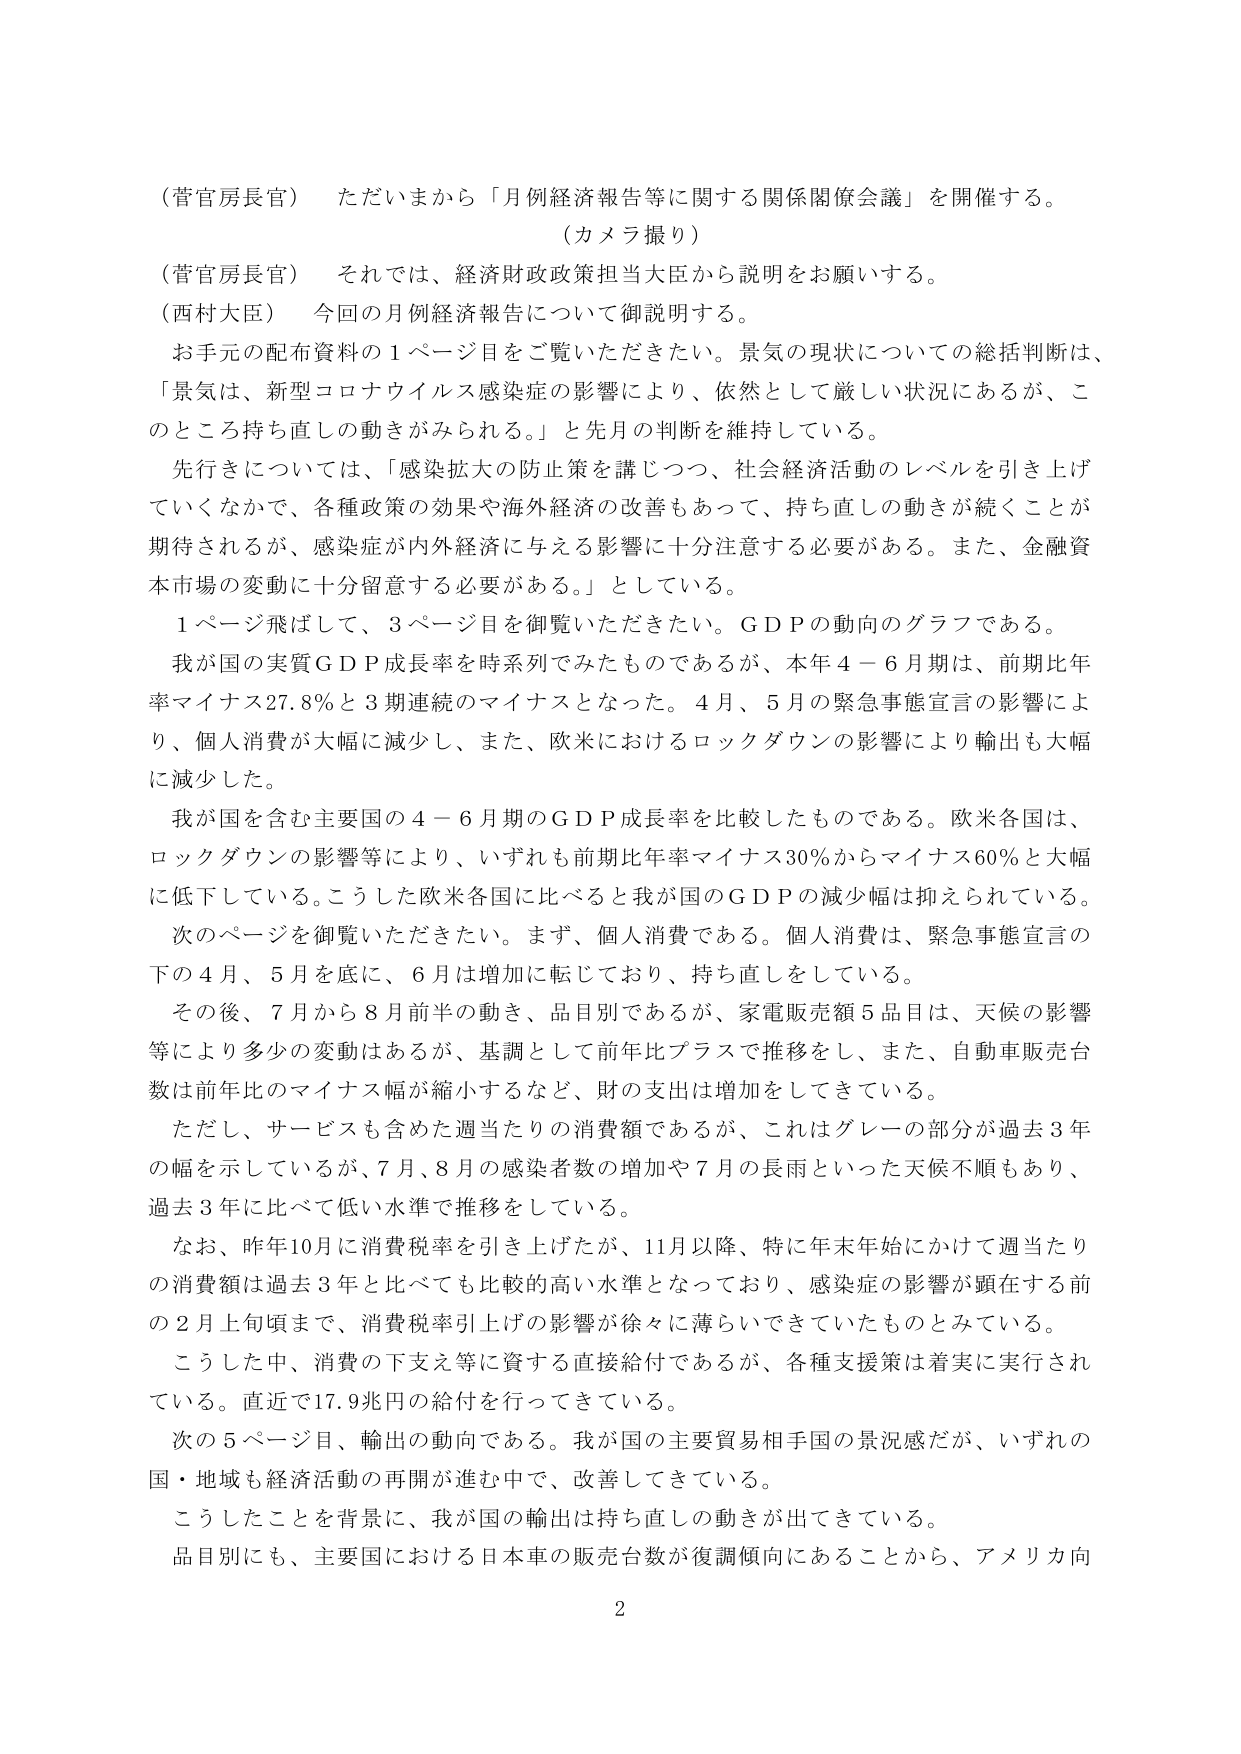
（菅官房長官）　ただいまから「月例経済報告等に関する関係閣僚会議」を開催する。
（カメラ撮り）
（菅官房長官）　それでは、経済財政政策担当大臣から説明をお願いする。
（西村大臣）　今回の月例経済報告について御説明する。
　お手元の配布資料の１ページ目をご覧いただきたい。景気の現状についての総括判断は、「景気は、新型コロナウイルス感染症の影響により、依然として厳しい状況にあるが、このところ持ち直しの動きがみられる。」と先月の判断を維持している。
　先行きについては、「感染拡大の防止策を講じつつ、社会経済活動のレベルを引き上げていくなかで、各種政策の効果や海外経済の改善もあって、持ち直しの動きが続くことが期待されるが、感染症が内外経済に与える影響に十分注意する必要がある。また、金融資本市場の変動に十分留意する必要がある。」としている。
　１ページ飛ばして、３ページ目を御覧いただきたい。ＧＤＰの動向のグラフである。
　我が国の実質ＧＤＰ成長率を時系列でみたものであるが、本年４－６月期は、前期比年率マイナス27.8％と３期連続のマイナスとなった。４月、５月の緊急事態宣言の影響により、個人消費が大幅に減少し、また、欧米におけるロックダウンの影響により輸出も大幅に減少した。
　我が国を含む主要国の４－６月期のＧＤＰ成長率を比較したものである。欧米各国は、ロックダウンの影響等により、いずれも前期比年率マイナス30％からマイナス60％と大幅に低下している。こうした欧米各国に比べると我が国のＧＤＰの減少幅は抑えられている。
　次のページを御覧いただきたい。まず、個人消費である。個人消費は、緊急事態宣言の下の４月、５月を底に、６月は増加に転じており、持ち直しをしている。
　その後、７月から８月前半の動き、品目別であるが、家電販売額５品目は、天候の影響等により多少の変動はあるが、基調として前年比プラスで推移をし、また、自動車販売台数は前年比のマイナス幅が縮小するなど、財の支出は増加をしてきている。
　ただし、サービスも含めた週当たりの消費額であるが、これはグレーの部分が過去３年の幅を示しているが、７月、８月の感染者数の増加や７月の長雨といった天候不順もあり、過去３年と比べて低い水準で推移をしている。
　なお、昨年10月に消費税率を引き上げたが、11月以降、特に年末年始にかけて週当たりの消費額は過去３年と比べても比較的高い水準となっており、感染症の影響が顕在する前の２月上旬頃まで、消費税率引上げの影響が徐々に薄らいできていたものとみている。
　こうした中、消費の下支え等に資する直接給付であるが、各種支援策は着実に実行されている。直近で17.9兆円の給付を行ってきている。
　次の５ページ目、輸出の動向である。我が国の主要貿易相手国の景況感だが、いずれの国・地域も経済活動の再開が進む中で、改善してきている。
　こうしたことを背景に、我が国の輸出は持ち直しの動きが出てきている。
　品目別にも、主要国における日本車の販売台数が復調傾向にあることから、アメリカ向
2